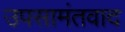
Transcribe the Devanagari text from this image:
उपसामंतवाद